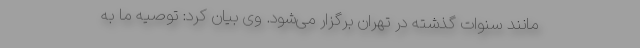
مانند سنوات گذشته در تهران برگزار می‌شود. وی بیان کرد: توصیه ما به